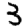
Digit: 3